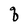
Character: q